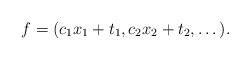
LaTeX: \begin{align*}f = (c_1 x_1 + t_1, c_2 x_2 + t_2, \dots).\end{align*}